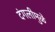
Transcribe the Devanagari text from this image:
दंगलीमुळे